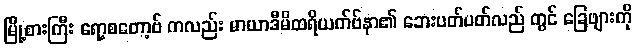
မြို့စားကြီး ရော့စတော့ဗ် ကလည်း မာယာဒီမိထရိယက်ဗ်နာ၏ ဘေးပတ်ပတ်လည် တွင် ခြေဖျားကို